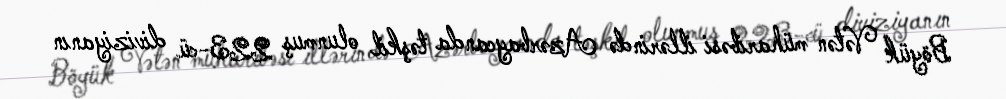
Böyük Vətən müharibəsi illərində Azərbaycanda təşkil olunmuş 223-cü diviziyanın